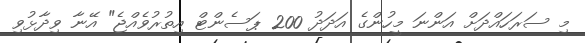
މި ސަރަހައްދަށް އަންނަ މީހުންގެ އަދަދު 200 ޕަސެންޓް އިތުރުވެއްޖެ" އޭނާ ވިދާޅުވި